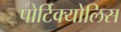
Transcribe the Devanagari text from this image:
पोर्टिक्योलिस